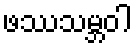
ဖဿသမ္ဘဝါ